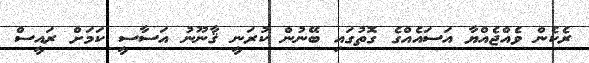
ރެކެން ވެއްޖެއްޔާ އަސައެއްގެ ގޮތުގައި ބޭނުން ކުރަނީ ޤާނޫނު އަސާސީ ކަމަށް ރައީސް